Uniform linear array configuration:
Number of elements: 16
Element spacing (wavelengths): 1
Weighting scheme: hamming
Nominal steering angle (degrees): -60
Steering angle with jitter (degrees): -61.043
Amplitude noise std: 0.05
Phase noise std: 0.05

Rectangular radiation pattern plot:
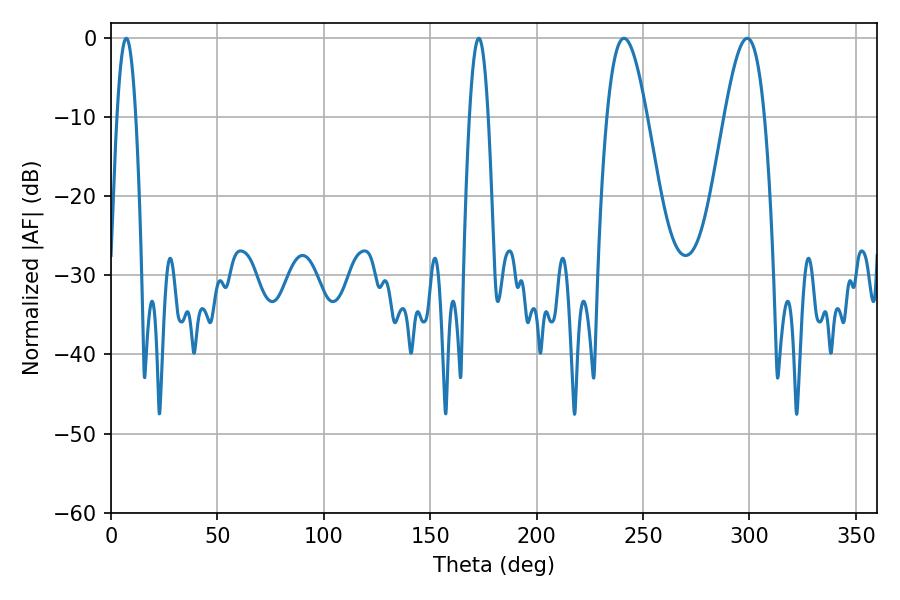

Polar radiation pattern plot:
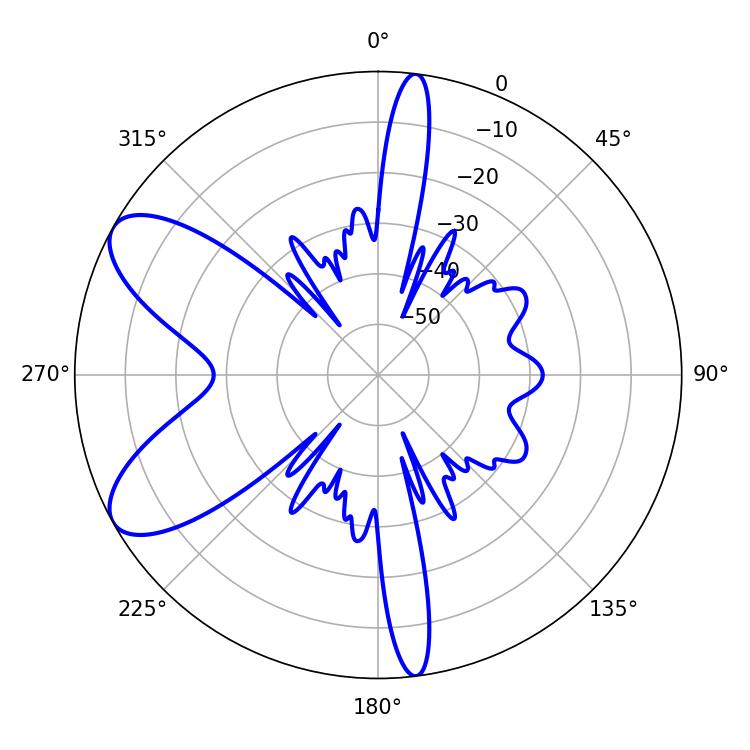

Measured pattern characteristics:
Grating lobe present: TRUE
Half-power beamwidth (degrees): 10.26
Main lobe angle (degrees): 241.02